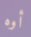
أوه